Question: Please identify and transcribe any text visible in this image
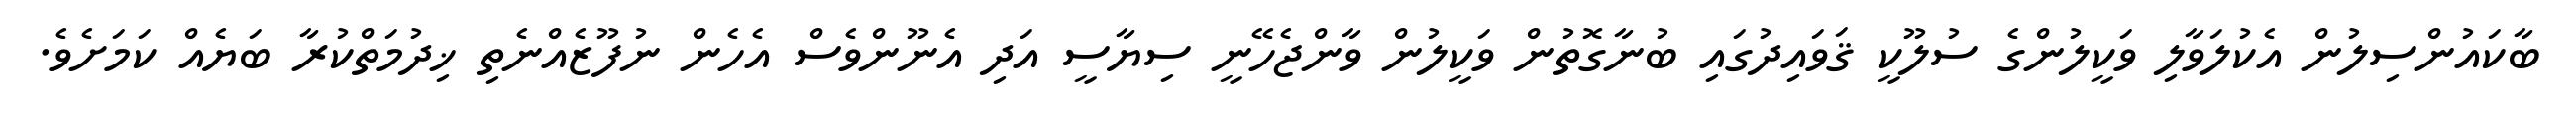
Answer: ބާކައުންސިލުން އެކުލަވާލި ވަކީލުންގެ ސުލޫކީ ޤަވައިދުގައި ބުނާގޮތުން ވަކީލުން ވާންޖެހޭނީ ސިޔާސީ އަދި އެނޫންވެސް އެހެން ނުފޫޒެއްނެތި ޚިދުމަތްކުރާ ބަޔެއް ކަމަށެވެ.